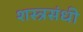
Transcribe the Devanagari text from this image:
शस्त्रसंधी